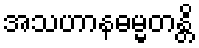
အသဟာနဓမ္မတန္တိ